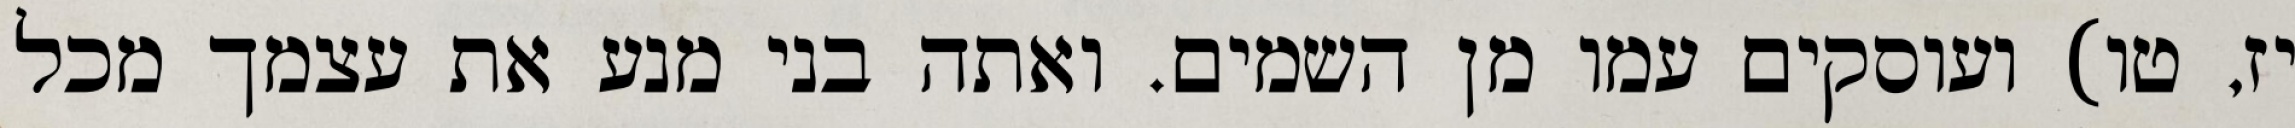
יז, טו) ועוסקים עמו מן השמים. ואתה בני מנע את עצמך מכל